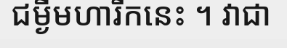
ជម្ងឺមហារីកនេះ ។ វាជា